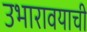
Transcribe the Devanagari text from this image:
उभारावयाची